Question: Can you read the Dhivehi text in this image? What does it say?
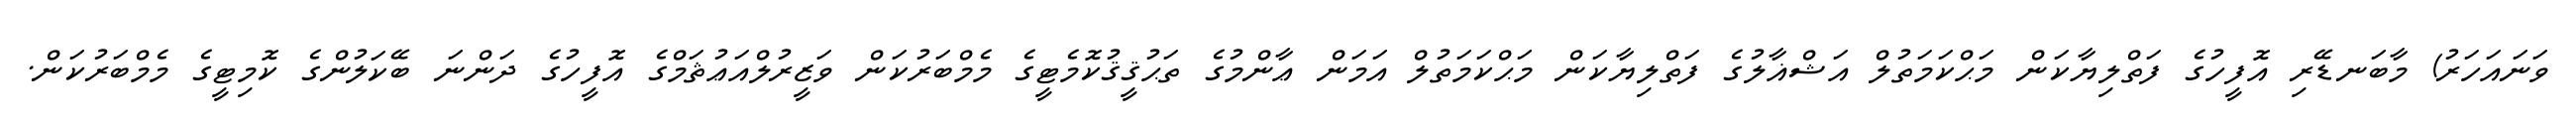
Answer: ވަނައަހަރު) މާބަނޑޭރި އޮފީހުގެ ފަތްލިޔާކަން މަޙްކަމަތުލް އަޝްޣާލުގެ ފަތްލިޔާކަން މަޙްކަމަތުލް އަމަން ޢާންމުގެ ތަޙުޤީޤުކޮމެޓީގެ މެމްބަރުކަން ވަޒީރުލްއަޢުޘަމްގެ އޮފީހުގެ ދަންނަ ބޭކަލުންގެ ކޮމިޓީގެ މެމްބަރުކަން.